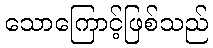
သောကြောင့်ဖြစ်သည်